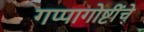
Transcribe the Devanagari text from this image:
गप्पागोष्टींचे